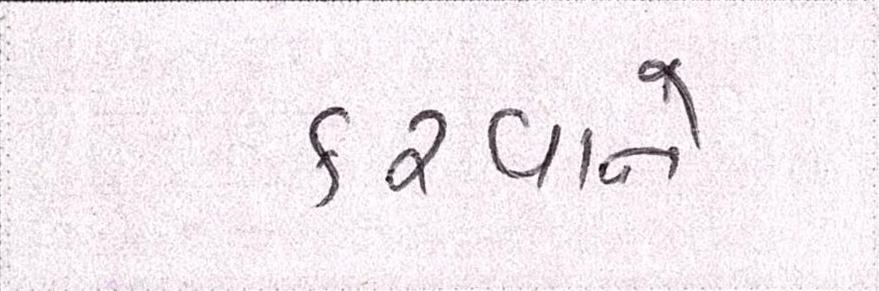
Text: કરવાને